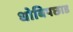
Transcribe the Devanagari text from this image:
धोबिपछाड